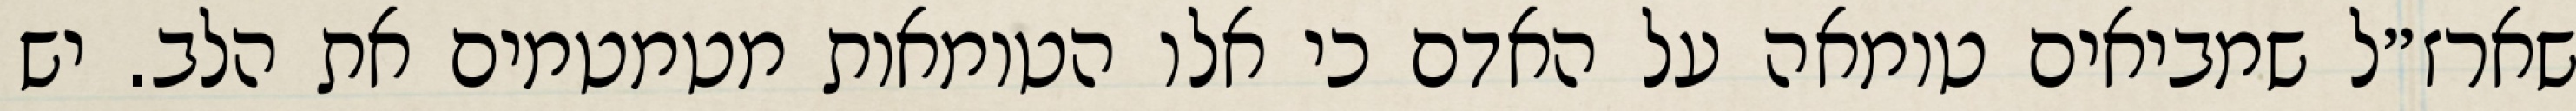
שארז״ל שמביאים טומאה על האדם כי אלו הטומאות מטמטמים את הלב. יש